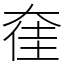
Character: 㚝